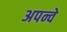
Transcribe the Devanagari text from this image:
अपन्वे